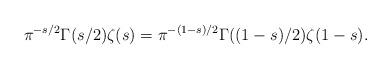
LaTeX: \begin{align*} \pi^{-s/2}\Gamma(s/2)\zeta(s) = \pi^{-(1-s)/2} \Gamma ((1-s)/2 )\zeta(1-s). \end{align*}